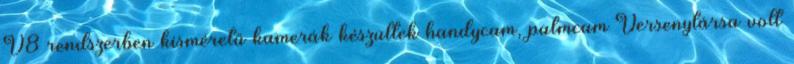
V8 rendszerben kisméretű kamerák készültek handycam, palmcam Versenytársa volt